Civil Veterinary Dept. Assam report 1927-50 - 1927-1950
Year: 1927
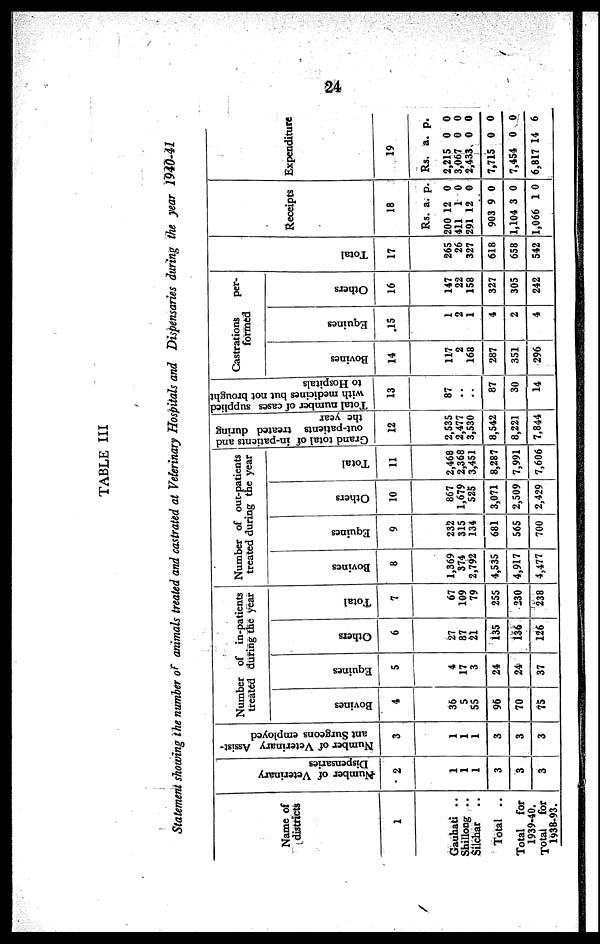
24
TABLE III
Statement showing the number of animals treated and castrated at Veterinary Hospitals and Dispensaries during the year 1940-41
Name of
districts
1
Gauhati ..
Shillong ..
Silchar ..
Total ..
Total for
1939-40.
Total for
1938-93.
Number of Veterinary
Dispensaries
2
1
1
1
3
3
3
Number of Veterinary Assist-
ant Surgeons employed
3
1
1
1
3
3
3
Number of in-patients
treated during the year
Bovi ne s
4
36
5
55
96
70
75
Equi nes
5
4
17
3
24
24
37
Others
6
27
87
21
135
136
126
Tot al
7
67
109
79
255
230
238
Number of out-patients
treated during the year
Bovi ne s
8
1,369
374
2,792
4,535
4,917
4,477
Equines
9
232
315
134
681
565
700
Others
10
867
1,679
525
3,071
2,509
2,429
Tot al
11
2,468
2,368
3,451
8,287
7,991
7,606
Grand total of in-patients and
out-patients treated during
the year
12
2,535
2,477
3,530
8,542
8,221
7,844
Total number of cases supplied
with medicines but not brought
to Hospitals
13
87
..
..
87
30
14
Castrations
per-
formed
Bovi ne s
14
117
2
168
287
351
296
Equi nes
15
1
2
1
4
2
4
Ot her s
16
147
22
158
327
305
242
Tot al
17
265
26
327
618
658
542
Receipts
18
Rs. a. p.
200 12 0
411 1 0
291 12 0
903 9 0
1,104 3 0
1,066 1 0
Expenditure
19
Rs. a. p.
2,215 0 0
3,067 0 0
2,433 0 0
7,715 0 0
7,454 0 0
6,817 14 6